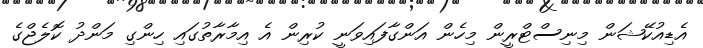
އެޑިއުކޭޝަން މިނިސްޓްރީން މިހެން އަންގާފައިވަނީ ކުރިން އެ އިމާރާތުގައި ހިންގި މަންދު ކޮލެޖްގެ